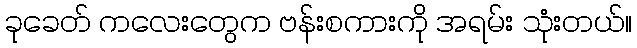
ခုခေတ် ကလေးတွေက ဗန်းစကားကို အရမ်း သုံးတယ်။